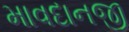
માવદાનજી